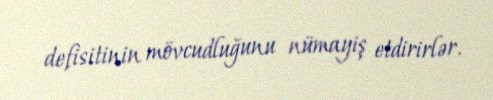
defisitinin mövcudluğunu nümayiş etdirirlər.